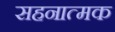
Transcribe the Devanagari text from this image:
सहनात्मक